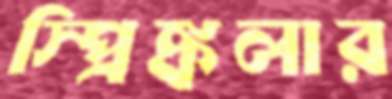
স্প্রিঙ্কলার